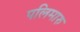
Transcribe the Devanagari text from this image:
पलिमारु